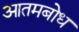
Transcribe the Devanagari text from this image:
आतमबोध